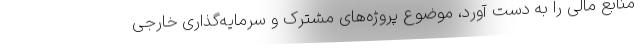
منابع مالی را به دست آورد، موضوع پروژه‌های مشترک و سرمایه‌گذاری خارجی